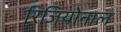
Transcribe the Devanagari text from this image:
रिजियोनाल